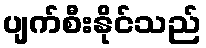
ပျက်စီးနိုင်သည်